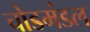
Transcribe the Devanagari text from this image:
चोडमंडल